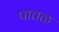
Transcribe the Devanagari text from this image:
पात्तळ